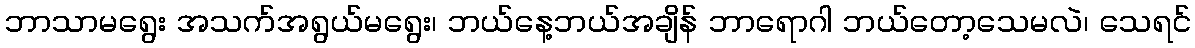
ဘာသာမရွေး အသက်အရွယ်မရွေး၊ ဘယ်နေ့ဘယ်အချိန် ဘာရောဂါ ဘယ်တော့သေမလဲ၊ သေရင်